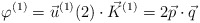
\begin{align*}\varphi^{(1)} = \vec u^{(1)}(2)\cdot \vec K^{(1)} = 2\vec p\cdot \vec q\end{align*}